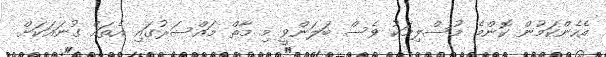
އެހެންކަމުން ކޮންމެ މުސްލިމަކު ވެސް ބަލަންވީ މި މާތް މައްސަރުގައި އެތައް ގުނައަކަށް